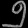
Digit: ၅